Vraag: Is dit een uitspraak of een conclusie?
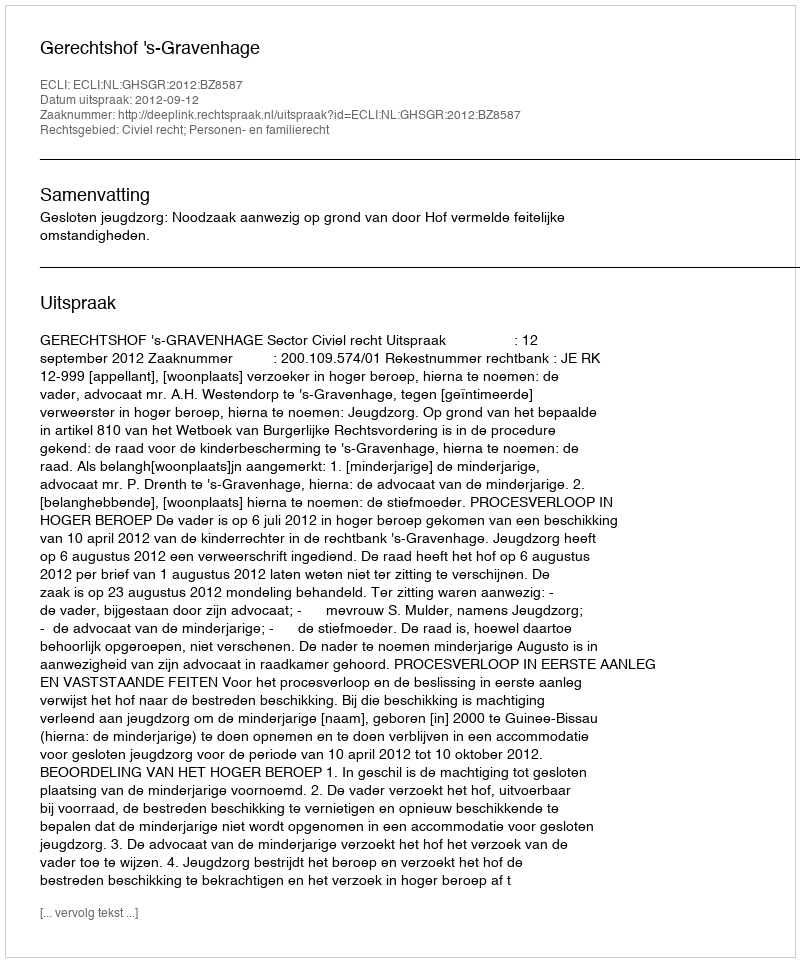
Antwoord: Uitspraak